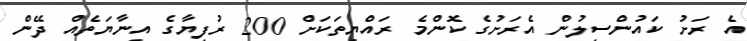
އެ ރަށު ކައުންސިލުން އެރަށުގެ ކޮންމެ ރައްޔިތަކަށް 200 ރުފިޔާގެ އިނާޔަތެއް ދޭން